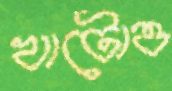
খাটোও